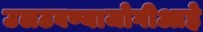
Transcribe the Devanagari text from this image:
उलटवण्याजोगीआहे